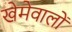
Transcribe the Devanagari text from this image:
खेमेवालों